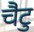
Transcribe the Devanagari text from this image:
चैटु